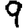
Digit: 9